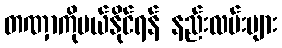
တဏှာကိုပယ်နိုင်ရန် နည်းလမ်းများ